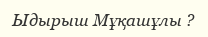
Ыдырыш Мұқашұлы ?